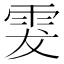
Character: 𩂔